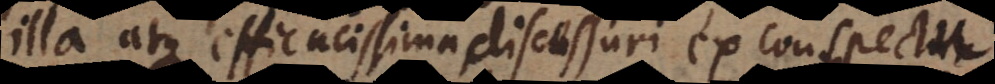
illa atque efficacissima discessuri ex conspectu